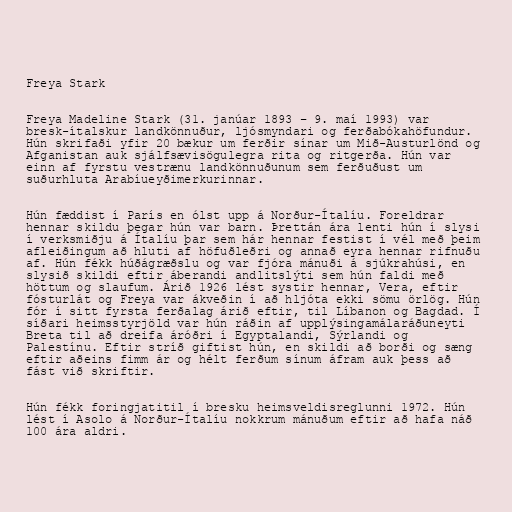
Freya Stark

Freya Madeline Stark (31. janúar 1893 – 9. maí 1993) var
bresk-ítalskur landkönnuður, ljósmyndari og ferðabókahöfundur.
Hún skrifaði yfir 20 bækur um ferðir sínar um Mið-Austurlönd og
Afganistan auk sjálfsævisögulegra rita og ritgerða. Hún var
einn af fyrstu vestrænu landkönnuðunum sem ferðuðust um
suðurhluta Arabíueyðimerkurinnar.

Hún fæddist í París en ólst upp á Norður-Ítalíu. Foreldrar
hennar skildu þegar hún var barn. Þrettán ára lenti hún í slysi
í verksmiðju á Ítalíu þar sem hár hennar festist í vél með þeim
afleiðingum að hluti af höfuðleðri og annað eyra hennar rifnuðu
af. Hún fékk húðágræðslu og var fjóra mánuði á sjúkrahúsi, en
slysið skildi eftir áberandi andlitslýti sem hún faldi með
höttum og slaufum. Árið 1926 lést systir hennar, Vera, eftir
fósturlát og Freya var ákveðin í að hljóta ekki sömu örlög. Hún
fór í sitt fyrsta ferðalag árið eftir, til Líbanon og Bagdad. Í
síðari heimsstyrjöld var hún ráðin af upplýsingamálaráðuneyti
Breta til að dreifa áróðri í Egyptalandi, Sýrlandi og
Palestínu. Eftir stríð giftist hún, en skildi að borði og sæng
eftir aðeins fimm ár og hélt ferðum sínum áfram auk þess að
fást við skriftir.

Hún fékk foringjatitil í bresku heimsveldisreglunni 1972. Hún
lést í Asolo á Norður-Ítalíu nokkrum mánuðum eftir að hafa náð
100 ára aldri.